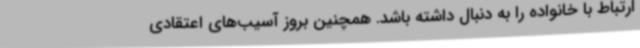
ارتباط با خانواده را به دنبال داشته باشد. همچنین بروز آسیب‌های اعتقادی